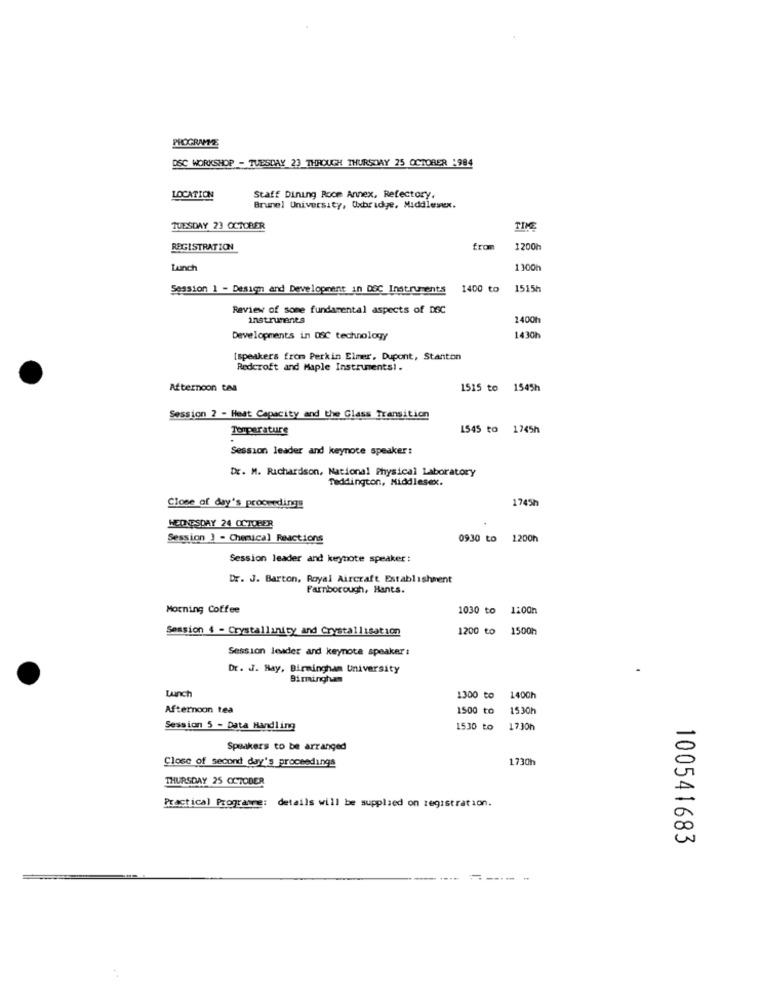
PROGRAMME
DSC WORKSHOP - TUESDAY 23 THROUGH THURSDAY 25 OCTOBER :984
LOCATION
Staff Dining Room Annex, Refectory.
Brunel University, Oxbridge, Middlesex.
TUESDAY 23 OCTOBER
REGISTRATION
fro
1200h
Lunch
1300h
Session 1 - Design and Development in DOC Instruments
1400 to
1515
Review of some fundamental aspects of DSC
instruments
1400h
Developments in DSC technology
1430h
[speakers from Perkin Elmer, Dupont, Stanton
Redcroft and Maple Instrumentsi .
Afternoon tea
1515 to
1545h
Session 2 - Heat Capacity and the Glass Transition
Temperature
1545 to 1745h
Session leader and keynote speaker:
Dr. M. Richardson, National Physical Laboratory
Teddington, Middlesex.
1745h
Close of day's proceedings
WEDNESDAY 24 OCTOBER
Session 3 - Chemical Ructions
0930 to
1200h
Session leader and keynote speaker:
Dr. J. Barton, Royal Aircraft Establishment
Farnborough, Hants.
Morning Coffee
1030 to
Session 4 - Crystallinity and Crystallisation
1200 to
1500h
Session leader and keynote speaker:
Dr. J. Hay, Birmingham University
Birmingham
Lunch
1300 to
1400h
Afternoon tea
1500 to
1530h
Session 5 - Data Handling
1530 to
17.30h
Speakers to be arranged
0
Close of second day's proceedings
1730h
THURSDAY 25 OCTOBER
D
Practical Programme: details will be supplied on registration.
100541683